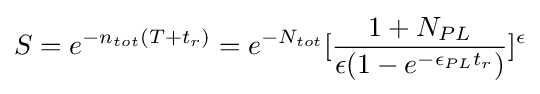
S=e^{-n_{tot}(T+t_{r})}=e^{-N_{tot}}[{\frac {1+N_{PL}}{\epsilon (1-e^{-\epsilon _{PL}t_{r}})}}]^{\epsilon }